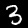
Label: 3